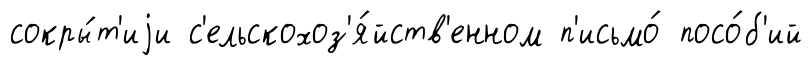
сокры́т'иjи с'ельскохоз'я́йств'енном п'исьмо́ посо́б'ий